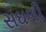
સઘળી